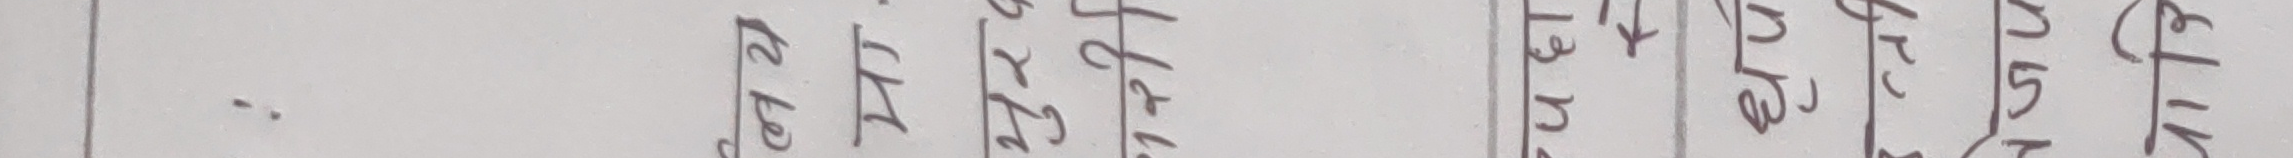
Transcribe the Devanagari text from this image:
एट।